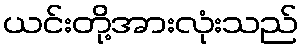
ယင်းတို့အားလုံးသည်